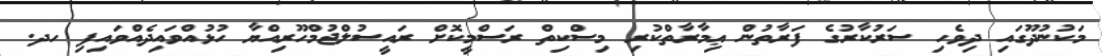
މަކުނުދޫގައި ދިވެހި ސަރުކާރުގެ ފަރާތުން ޢިމާރާތްކުރި މިސްކިތް ރަސްމީކޮށް ރައީސުލްޖުމްހޫރިއްޔާ ހުޅުއްވައިދެއްވައިފި ހދ.